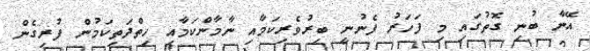
އޭނާ ބުނި ގޮތުގައި މި ފަހަރު ފެނުނީ ބިރުވެރިކަމާއި ނާމާންކަމާއި ހިތްދަތިކަމުން ފުރިގެން